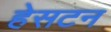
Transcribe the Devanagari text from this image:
हेसटन